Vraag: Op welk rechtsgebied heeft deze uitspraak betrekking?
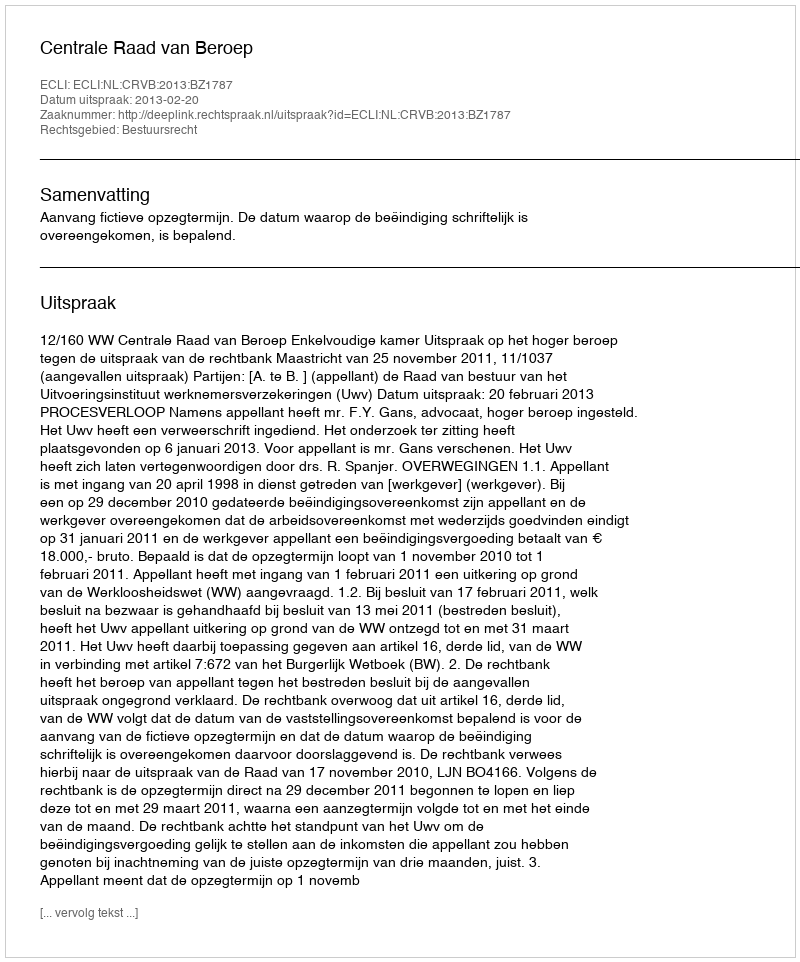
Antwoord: Bestuursrecht